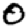
Digit: 0